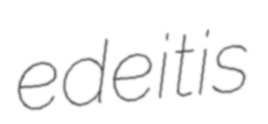
edeitis